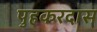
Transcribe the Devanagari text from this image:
पुहकरदास